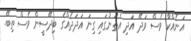
އަނެއްކާ ވެސް ވަދޭ އަދި އެތަނުގައި ގިނަ އަދަދެއްގެ ބިދޭސީން ވެސް ތިބޭ.